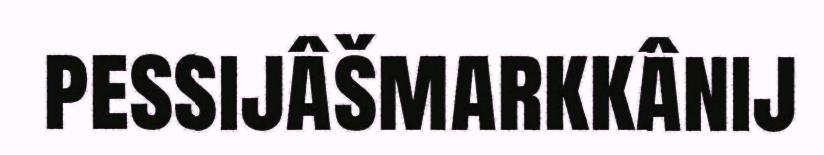
pessijâšmarkkânij